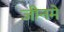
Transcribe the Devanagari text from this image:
जीनमे